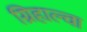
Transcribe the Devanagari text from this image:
ग्रिहाल्वा